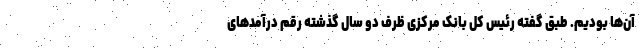
آن‌ها بودیم. طبق گفته رئیس کل بانک مرکزی ظرف دو سال گذشته رقم درآمدهای